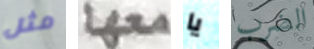
مثل معها يا الضرب